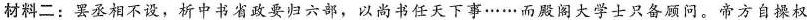
材料二：罢丞相不设，析中书省政要归六部，以尚书任天下事……而殿阁大学士只备顾问。帝方自操权